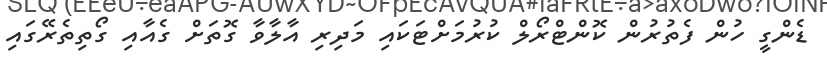
ޑެންގީ ހުން ފެތުރުން ކޮންޓްރޯލް ކުރުމަށްޓަކައި މަދިރި އާލާވާ ގޮތަށް ގެއާއި ގޯތިތެރޭގައި